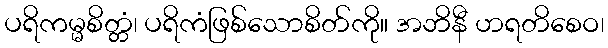
ပရိကမ္မစိတ္တံ၊ ပရိကံဖြစ်သောစိတ်ကို။ အဘိနီ ဟရတိစေဝ၊